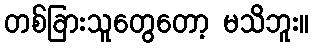
တစ်ခြားသူတွေတော့ မသိဘူး။